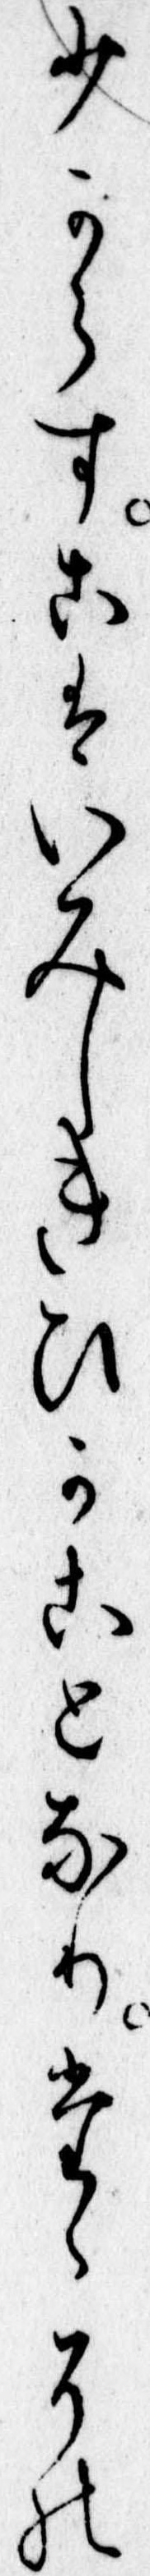
少からすこはいみしきひかことなりたゝその